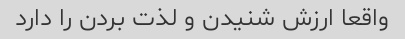
واقعا ارزش شنیدن و لذت بردن را دارد